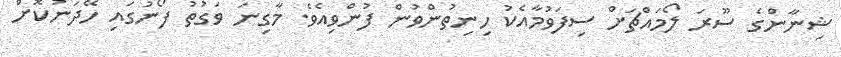
ޝިނާންގެ ސޫރަ ލޯމައްޗަށް ސިފަވުމާއެކު ހިނިތުންވުން ފުންވިއެވެ. މާގިނަ ވަގުތު ފޯނުގައި ހޭދަނުކޮށް